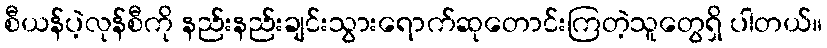
စီယန်ပဲ့လုန်စီကို နည်းနည်းချင်းသွားရောက်ဆုတောင်းကြတဲ့သူတွေရှိ ပါတယ်။